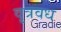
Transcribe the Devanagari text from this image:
वृत्रवध